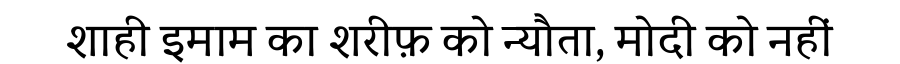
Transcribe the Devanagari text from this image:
शाही इमाम का शरीफ़ को न्यौता, मोदी को नहीं